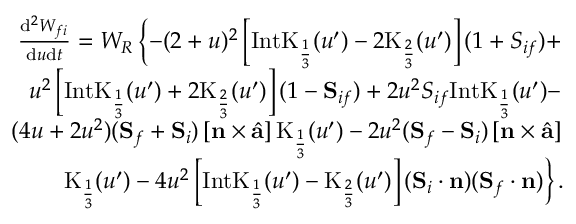
\begin{array} { r l r } & { } & { \frac { \mathrm { d } ^ { 2 } W _ { f i } } { \mathrm { d } u \mathrm { d } t } = W _ { R } \left\{ - ( 2 + u ) ^ { 2 } \left[ \mathrm { I n t K } _ { \frac { 1 } { 3 } } ( u ^ { \prime } ) - 2 \mathrm { K } _ { \frac { 2 } { 3 } } ( u ^ { \prime } ) \right] ( 1 + { S } _ { i f } ) + \right. } \\ & { } & { \left. u ^ { 2 } \left[ \mathrm { I n t K } _ { \frac { 1 } { 3 } } ( u ^ { \prime } ) + 2 \mathrm { K } _ { \frac { 2 } { 3 } } ( u ^ { \prime } ) \right] ( 1 - { \bf S } _ { i f } ) + 2 u ^ { 2 } { S } _ { i f } \mathrm { I n t K } _ { \frac { 1 } { 3 } } ( u ^ { \prime } ) - \right. } \\ & { } & { \left. ( 4 u + 2 u ^ { 2 } ) ( { \bf S } _ { f } + { \bf S } _ { i } ) \left[ { \bf n } \times \hat { { \bf a } } \right] \mathrm { K } _ { \frac { 1 } { 3 } } ( u ^ { \prime } ) - 2 u ^ { 2 } ( { \bf S } _ { f } - { \bf S } _ { i } ) \left[ { \bf n } \times \hat { { \bf a } } \right] \right. } \\ & { } & { \left. \mathrm { K } _ { \frac { 1 } { 3 } } ( u ^ { \prime } ) - 4 u ^ { 2 } \left[ \mathrm { I n t K } _ { \frac { 1 } { 3 } } ( u ^ { \prime } ) - \mathrm { K } _ { \frac { 2 } { 3 } } ( u ^ { \prime } ) \right] ( { \bf S } _ { i } \cdot { \bf n } ) ( { \bf S } _ { f } \cdot { \bf n } ) \right\} . } \end{array}